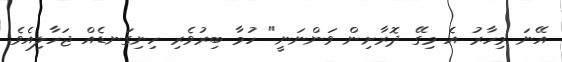
އޭނަ މިހާރު އެ މިގޭ ދޮރާށިން ވަންނަނީ" ހުމާ ބިރުވެރި ހިނިގަނޑެއް ޖަހާލިއެވެ.